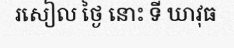
រសៀល ថ្ងៃ នោះ ទី ឃាវុធ